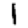
Digit: 1